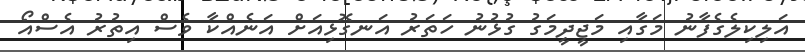
އަލިކިލެގެފާނު މަގާއި މަޖީދީމަގު ގުޅުނު ހަތަރު އަނގޮޅިއަށް އަނެއްކާ ވެސް އިތުރު އެސްއޯ